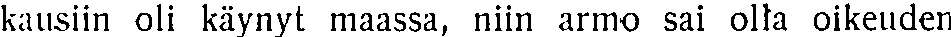
kausiin oli käynyt maassa, niin armo sai olla oikeuden